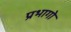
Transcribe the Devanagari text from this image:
प्रभागो